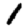
Digit: 1